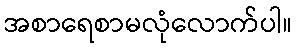
အစာရေစာမလုံလောက်ပါ။